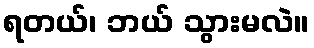
ရတယ်၊ ဘယ် သွားမလဲ။